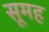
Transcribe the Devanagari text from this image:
सूमह